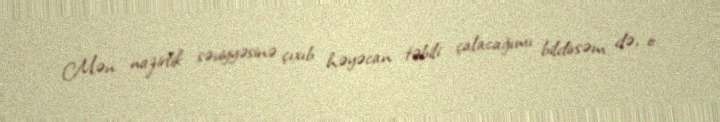
Mən nazirlik səviyyəsinə çıxıb həyəcan təbili çalacağımı bildirsəm də, o